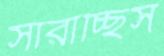
সারাচ্ছিস